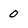
Character: 0